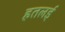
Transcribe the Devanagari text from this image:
हतलई